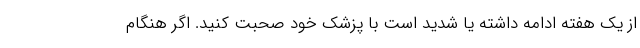
از یک هفته ادامه داشته یا شدید است با پزشک خود صحبت کنید. اگر هنگام